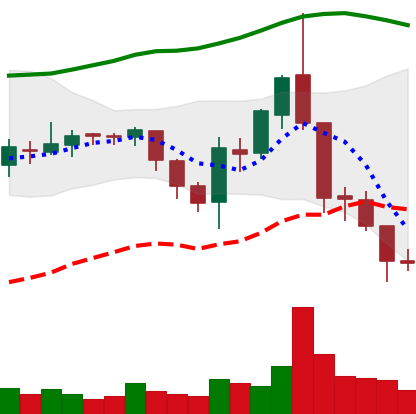
Ticker: ETC-USD
Chart end date: 2018-08-12
Forward return: 9.622%
Label: up_7plus